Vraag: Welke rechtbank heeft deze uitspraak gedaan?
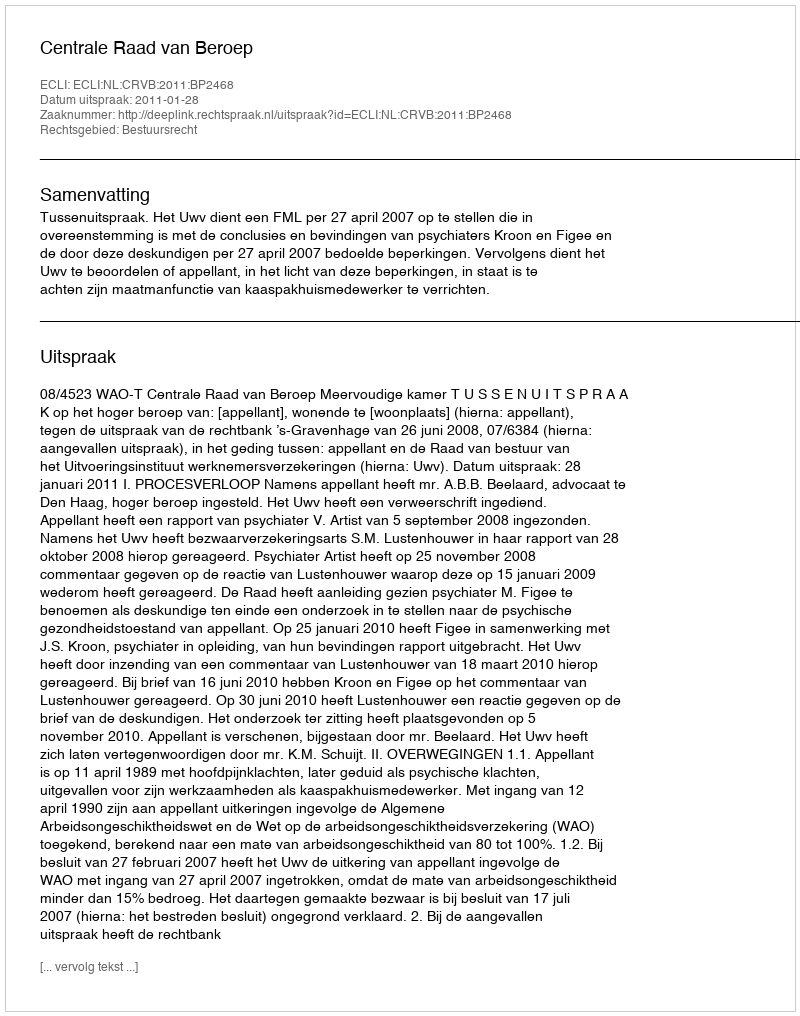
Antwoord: Centrale Raad van Beroep